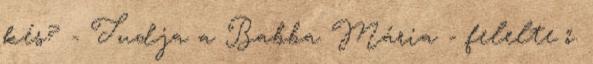
kés? - Tudja a Babba Mária - felelte ő.